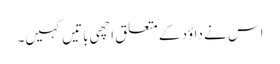
اس نے داؤد کے متعلق اچھی باتیں کہیں۔